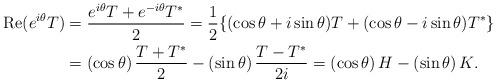
LaTeX: \begin{align*}\mbox{Re}(e^{i\theta }T)& =\frac{e^{i\theta }T+e^{-i\theta }T^{\ast }}{2}=\frac{1}{2}\{(\cos \theta +i\sin \theta )T+(\cos \theta -i\sin \theta)T^{\ast }\} \\& =\left( \cos \theta \right) \frac{T+T^{\ast }}{2}-\left( \sin \theta\right) \frac{T-T^{\ast }}{2i}=\left( \cos \theta \right) H-\left( \sin\theta \right) K. \end{align*}